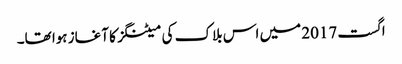
اگست 2017 میں اس بلاک کی میٹنگز کا آغاز ہوا تھا۔